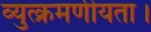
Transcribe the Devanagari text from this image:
व्युत्क्रमणीयता।